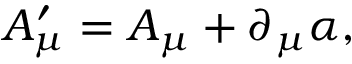
A _ { \mu } ^ { \prime } = A _ { \mu } + \partial _ { \mu } \alpha ,